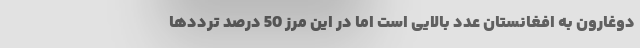
دوغارون به افغانستان عدد بالایی است اما در این مرز 50 درصد ترددها